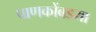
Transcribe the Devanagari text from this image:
पाणकोंबडया